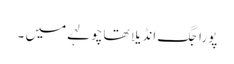
پورا جگ انڈیلا تھا چولہے میں ۔